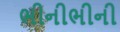
ભીનીભીની